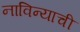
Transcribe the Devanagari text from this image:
नाविन्याची